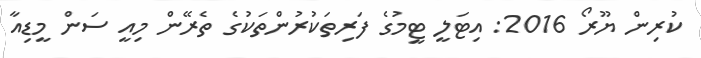
ކުރިން ޔޫރޯ 2016: އިޓަލީ ޓީމުގެ ފަރިތަކުރުންތަކުގެ ތެރޭން މިއީ ސަން މީޑިއާ